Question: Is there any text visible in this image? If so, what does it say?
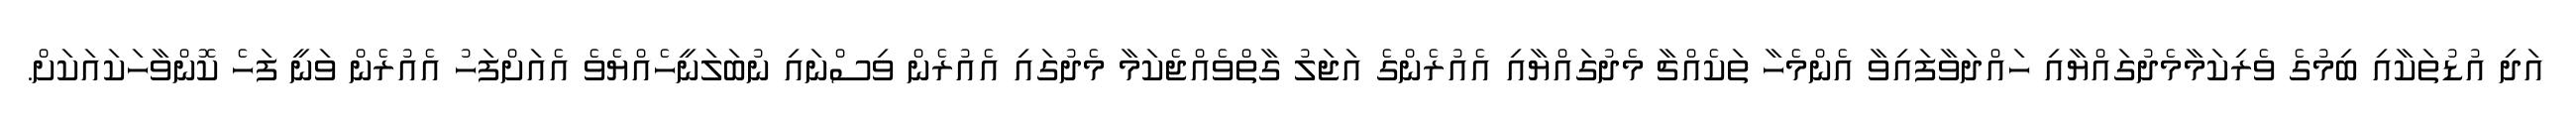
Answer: އަދި އުޑުތަކާއި ބިމުގެ ވެރިކަމާމެދުގައްޔާއި ހައްދަވާފައިވާ އެންމެހާ ތަކެއްޗާ މެދުގައްޔާއި އެއުރެންގެ އަޖަލު ގާތްވެއްޖެކަމާ މެދުގައި އެއުރެން ވިސްނައި ނުބަލަނީހެއްޔެވެ އެއަށްފަހު އެއުރެން ވަނީ ފަހެ ކޮންވާހަކައަކަށް.